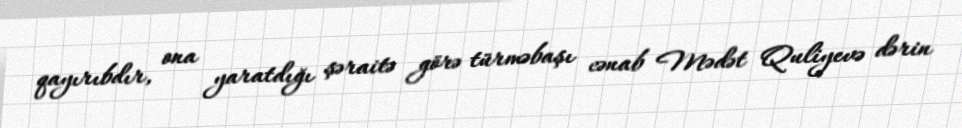
qayırıbdır, ona yaratdığı şəraitə görə türməbaşı cənab Mədət Quliyevə dərin